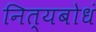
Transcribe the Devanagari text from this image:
नित्यबोधं